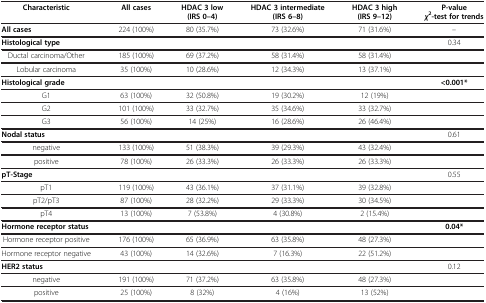
<table><thead><tr><td><b>Characteristic</b></td><td><b>All cases</b></td><td><b>HDAC 3 low (IRS 0–4)</b></td><td><b>HDAC 3 intermediate (IRS 6–8)</b></td><td><b>HDAC 3 high (IRS 9–12)</b></td><td><b>P-value <i>χ</i><sup>2</sup>-test for trends</b></td></tr></thead><tbody><tr><td><b>All cases</b></td><td>224 (100%)</td><td>80 (35.7%)</td><td>73 (32.6%)</td><td>71 (31.6%)</td><td>--</td></tr><tr><td><b>Histological type</b></td><td> </td><td> </td><td> </td><td> </td><td>0.34</td></tr><tr><td>Ductal carcinoma/Other</td><td>185 (100%)</td><td>69 (37.2%)</td><td>58 (31.4%)</td><td>58 (31.4%)</td><td> </td></tr><tr><td>Lobular carcinoma</td><td>35 (100%)</td><td>10 (28.6%)</td><td>12 (34.3%)</td><td>13 (37.1%)</td><td> </td></tr><tr><td><b>Histological grade</b></td><td> </td><td> </td><td> </td><td> </td><td><b>&lt;0.001*</b></td></tr><tr><td>G1</td><td>63 (100%)</td><td>32 (50.8%)</td><td>19 (30.2%)</td><td>12 (19%)</td><td> </td></tr><tr><td>G2</td><td>101 (100%)</td><td>33 (32.7%)</td><td>35 (34.6%)</td><td>33 (32.7%)</td><td> </td></tr><tr><td>G3</td><td>56 (100%)</td><td>14 (25%)</td><td>16 (28.6%)</td><td>26 (46.4%)</td><td> </td></tr><tr><td><b>Nodal status</b></td><td> </td><td> </td><td> </td><td> </td><td>0.61</td></tr><tr><td>negative</td><td>133 (100%)</td><td>51 (38.3%)</td><td>39 (29.3%)</td><td>43 (32.4%)</td><td> </td></tr><tr><td>positive</td><td>78 (100%)</td><td>26 (33.3%)</td><td>26 (33.3%)</td><td>26 (33.3%)</td><td> </td></tr><tr><td><b>pT-Stage</b></td><td> </td><td> </td><td> </td><td> </td><td>0.55</td></tr><tr><td>pT1</td><td>119 (100%)</td><td>43 (36.1%)</td><td>37 (31.1%)</td><td>39 (32.8%)</td><td> </td></tr><tr><td>pT2/pT3</td><td>87 (100%)</td><td>28 (32.2%)</td><td>29 (33.3%)</td><td>30 (34.5%)</td><td> </td></tr><tr><td>pT4</td><td>13 (100%)</td><td>7 (53.8%)</td><td>4 (30.8%)</td><td>2 (15.4%)</td><td> </td></tr><tr><td><b>Hormone receptor status</b></td><td> </td><td> </td><td> </td><td> </td><td><b>0.04*</b></td></tr><tr><td>Hormone receptor positive</td><td>176 (100%)</td><td>65 (36.9%)</td><td>63 (35.8%)</td><td>48 (27.3%)</td><td> </td></tr><tr><td>Hormone receptor negative</td><td>43 (100%)</td><td>14 (32.6%)</td><td>7 (16.3%)</td><td>22 (51.2%)</td><td> </td></tr><tr><td><b>HER2 status</b></td><td> </td><td> </td><td> </td><td> </td><td>0.12</td></tr><tr><td>negative</td><td>191 (100%)</td><td>71 (37.2%)</td><td>63 (35.8%)</td><td>48 (27.3%)</td><td> </td></tr><tr><td>positive</td><td>25 (100%)</td><td>8 (32%)</td><td>4 (16%)</td><td>13 (52%)</td><td> </td></tr></tbody></table>